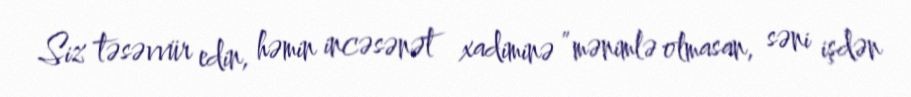
Siz təsəvvür edin, həmin incəsənət xadiminə ”mənimlə olmasan, səni işdən